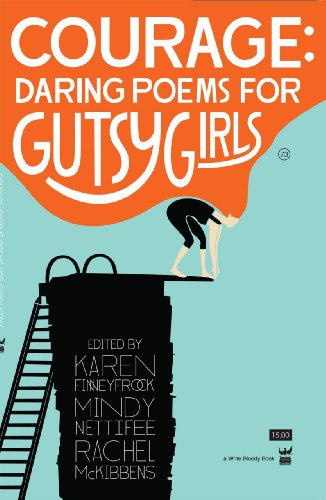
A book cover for Courage: Daring Poems for Gutsy Girls; Literature & Fiction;